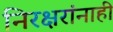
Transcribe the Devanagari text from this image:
निरक्षरांनाही